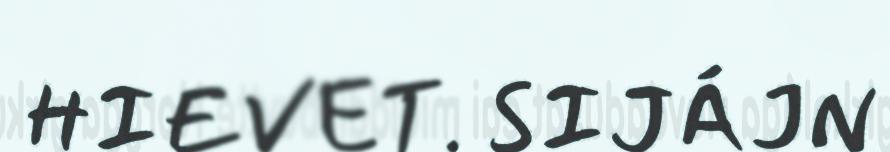
HIEVET. SIJÁJN